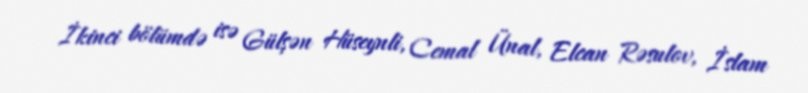
İkinci bölümdə isə Gülşən Hüseynli, Cemal Ünal, Elcan Rəsulov, İslam